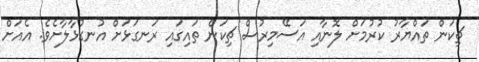
ޗިކަން ތައްޔާރު ކުރުމަށް ލޮނާއި އަސޭމިރުސް ޗިކަން ތައިގައި ރަނގަޅަށް އުނގުޅާލާށެވެ. އެއަށް